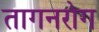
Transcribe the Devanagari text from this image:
तागनरोग